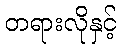
တရားလိုနှင့်